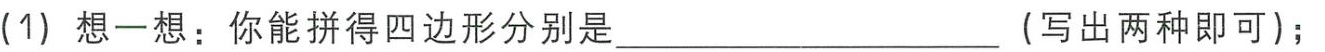
(1) 想一想：你能拼得四边形分别是__________________（写出两种即可）；